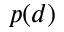
p ( d )